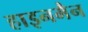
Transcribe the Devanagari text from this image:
हाइनमैन